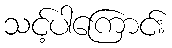
သင့်ပါကြောင်း